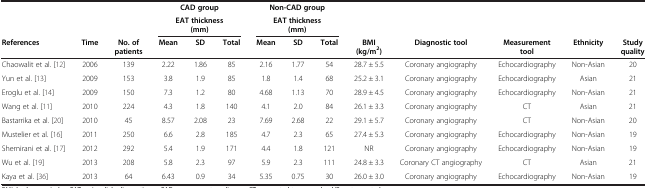
|  |  |  | <COLSPAN=3> CAD group | <COLSPAN=3> Non-CAD group |  |  |  |  |  |
 |  |  |  | <COLSPAN=3> EAT thickness (mm) | <COLSPAN=3> EAT thickness (mm) |  |  |  |  |  |
 | References | Time | No. of patients | Mean | SD | Total | Mean | SD | Total | BMI (kg/m2) | Diagnostic tool | Measurement tool | Ethnicity | Study quality |
 | --- | --- | --- | --- | --- | --- | --- | --- | --- | --- | --- | --- | --- | --- |
 | Chaowalit et al. [12] | 2006 | 139 | 2.22 | 1.86 | 85 | 2.16 | 1.77 | 54 | 28.7 ± 5.5 | Coronary angiography | Echocardiography | Non-Asian | 20 |
 | Yun et al. [13] | 2009 | 153 | 3.8 | 1.9 | 85 | 1.8 | 1.4 | 68 | 25.2 ± 3.1 | Coronary angiography | Echocardiography | Asian | 21 |
 | Eroglu et al. [14] | 2009 | 150 | 7.3 | 1.2 | 80 | 4.68 | 1.13 | 70 | 28.9 ± 4.5 | Coronary angiography | Echocardiography | Non-Asian | 21 |
 | Wang et al. [11] | 2010 | 224 | 4.3 | 1.8 | 140 | 4.1 | 2.0 | 84 | 26.1 ± 3.3 | Coronary angiography | CT | Asian | 21 |
 | Bastarrika et al. [20] | 2010 | 45 | 8.57 | 2.08 | 23 | 7.69 | 2.68 | 22 | 29.1 ± 5.7 | Coronary angiography | CT | Non-Asian | 20 |
 | Mustelier et al. [16] | 2011 | 250 | 6.6 | 2.8 | 185 | 4.7 | 2.3 | 65 | 27.4 ± 5.3 | Coronary angiography | Echocardiography | Non-Asian | 19 |
 | Shemirani et al. [17] | 2012 | 292 | 5.4 | 1.9 | 171 | 4.4 | 1.8 | 121 | NR | Coronary angiography | Echocardiography | Non-Asian | 19 |
 | Wu et al. [19] | 2013 | 208 | 5.8 | 2.3 | 97 | 5.9 | 2.3 | 111 | 24.8 ± 3.3 | Coronary CT angiography | CT | Asian | 21 |
 | Kaya et al. [36] | 2013 | 64 | 6.43 | 0.9 | 34 | 5.35 | 0.75 | 30 | 26.0 ± 3.0 | Coronary angiography | Echocardiography | Non-Asian | 19 |